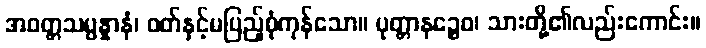
အဝတ္တသမ္ပန္နာနံ၊ ဝတ်နှင့်မပြည့်စုံကုန်သော။ ပုတ္တာနဉ္စေဝ၊ သားတို့၏လည်းကောင်း။